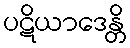
ပဋိယာဒေန္တိ